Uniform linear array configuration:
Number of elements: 8
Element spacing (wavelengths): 0.5
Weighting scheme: hann
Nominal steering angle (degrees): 60
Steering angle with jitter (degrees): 59.437
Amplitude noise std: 0.05
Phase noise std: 0.05

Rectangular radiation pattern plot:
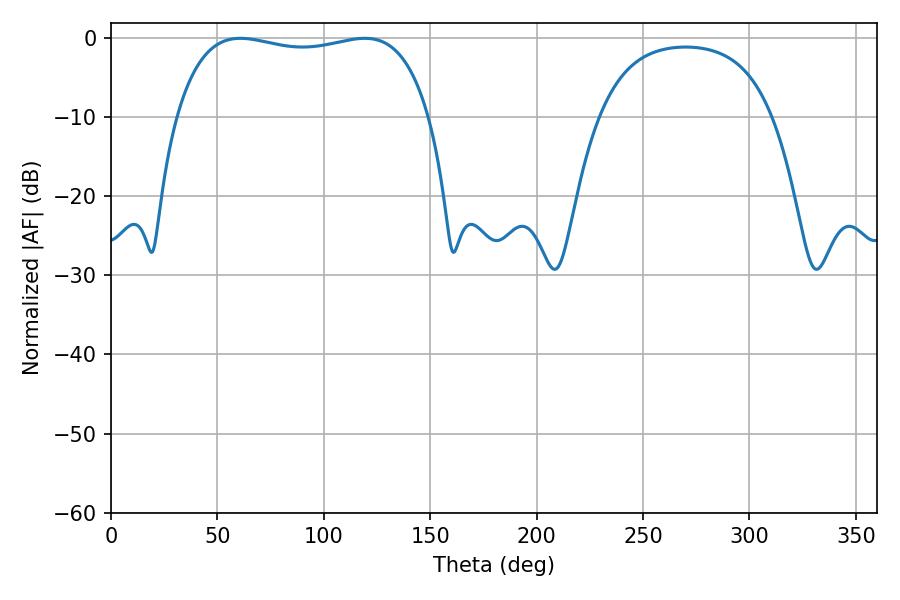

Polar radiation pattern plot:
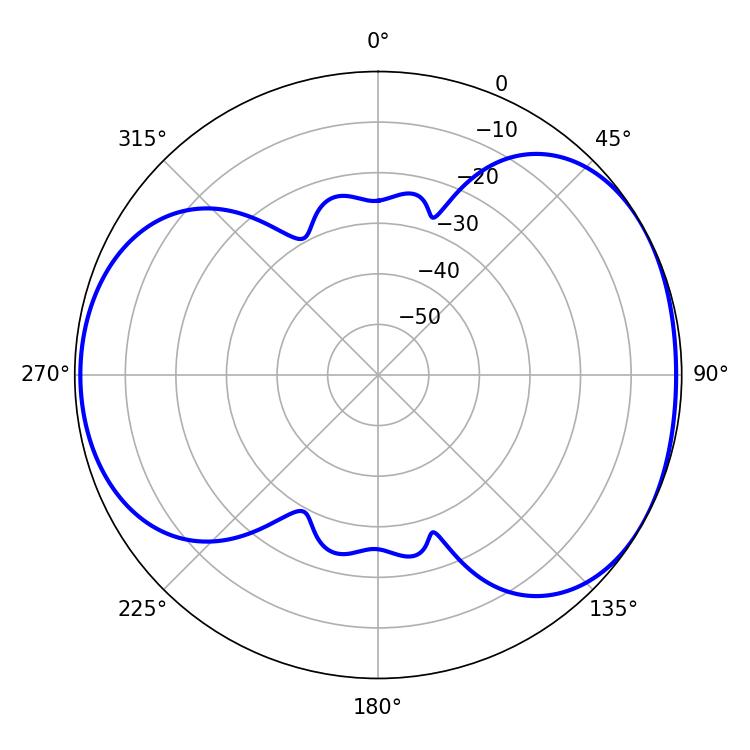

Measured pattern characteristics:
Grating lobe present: FALSE
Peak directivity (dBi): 4.869
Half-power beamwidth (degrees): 96.12
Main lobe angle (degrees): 60.84